Report on vaccination in Madras 1904-1921 - 1904-1921
Year: 1904
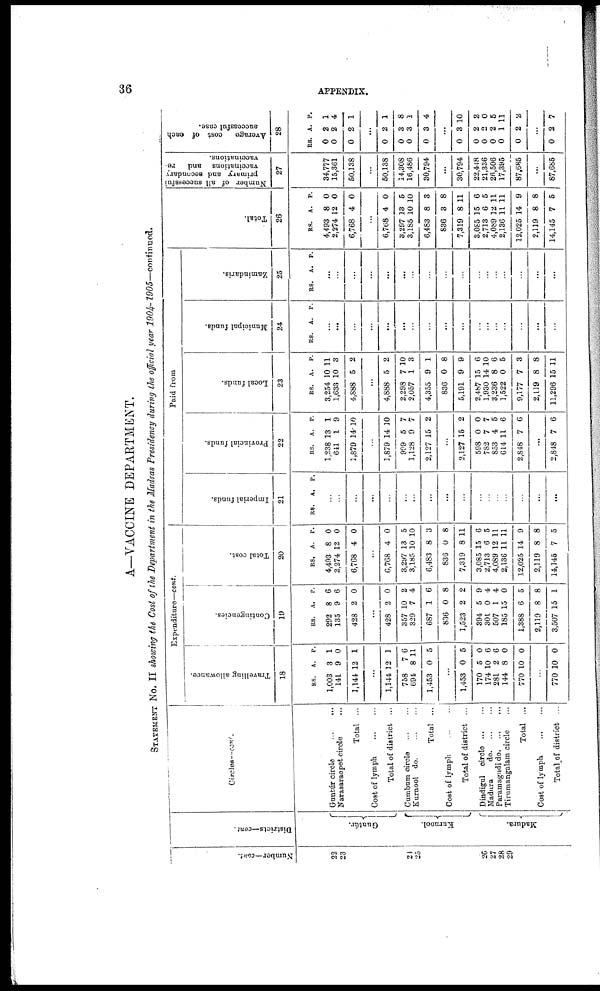
36
APPENDIX.
A—VACCINE DEPARTMENT.
STATEMENT No. II showing the Cost of the Department in the Madras Presidency during the official year
1904-1905—continued.
Number—cont.
22
23
24
25
26
27
28
29
Districts—cont.
Guntûr.
Kurnool.
Madura.
Circles—cont.
Guntúr circle
...
...
Narasaraopet circle...
Total ...
Cost of
lymph...
...
Total of district ...
Cumbum circle... ...
Kurnool do. ... ...
Total ...
Cost of lymph...
Total of district ...
Dindigul circle ... ...
Madura
do. ... ...
Paramagudi d
o
. ... ...
Tirumangalam circle...
Total ...
Cost of
lymph...
...
Total of district ...
Expenditure—cont.
Travelling allowance.
18
RS.
1,003
141
1,144
A.
3
9
12
P.
1
0
1
...
1,144
758
694
1,453
12
7
8
0
1
6
11
5
...
1,453
170
174
281
144
770
0
5
10
2
8
10
5
0
6
6
0
0
...
770 10 0
Contingencies.
19
RS.
292
135
428
A.
8
9
2
P.
6
6
0
...
428
357
329
687
836
1,523
394
301
507
185
1,388
2,119
3,507
2
10
7
1
0
2
5
0
1
15
6
8
15
0
2
4
6
8
2
9
4
4
0
5
8
1
Total cost.
20
RS.
4,493
2,274
6,768
A.
8
12
4
P.
0
0
0
...
6,768
3,297
3,185
6,483
836
7,319
3,085
2,713
4,089
2,136
12,025
2,119
14,145
4
13
10
8
0
8
15
6
12
11
14
8
7
0
5
10
3
8
11
6
5
11
11
9
8
5
Paid from
Imperial funds.
21
RS. A. P.
...
...
...
...
...
...
...
...
...
...
...
...
...
...
...
...
...
Provincial funds.
22
RS.
1,238
641
1,879
A.
13
1
14
P.
1
9
10
...
1,879
999
1,128
2,127
14
5
9
15
10
7
7
2
...
2,127
598
782
853
614
2,848
15
0
7
4
11
7
2
0
7
5
6
6
...
2,848 7 6
Local funds.
23
RS.
3,254
1,633
4,888
A.
10
10
5
P.
11
3
2
...
4,888
2,298
2,057
4,355
836
5,191
2,487
1,930
3,236
1,522
9,177
2,119
11,296
5
7
1
9
0
9
15
14
8
0
7
8
15
2
10
3
1
8
9
6
10
6
5
3
8
11
Municipal funds.
24
RS. A. P.
...
...
...
...
...
...
...
...
...
...
...
...
...
...
...
...
...
Zamindaris.
25
RS. A. P.
...
...
...
...
...
...
...
...
...
...
...
...
...
...
...
...
...
Total.
26
RS.
4,493
2,274
6,768
A.
8
12
4
P.
0
0
0
...
6,768
3,297
3,185
6,483
836
7,319
3,085
2,713
4,089
2,136
12,025
2,119
14,145
4
13
10
8
3
8
15
6
12
11
14
8
7
0
5
10
3
8
11
6
5
11
11
9
8
5
Number of all successful
primary and secondary
vaccinations and re-
vaccinations.
27
34,777
15,361
50,138
...
50,138
14,308
16,486
30,794
...
30,794
22,448
21,336
26,506
17,395
87,685
...
87,685
Average
cost of each
successful case.
28
RS.
0
0
0
A.
2
2
2
P.
1
4
1
...
0
0
0
0
2
3
3
3
1
8
1
4
...
0
0
0
0
0
0
3
2
2
2
1
2
10
2
0
5
11
2
...
0 2 7